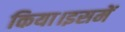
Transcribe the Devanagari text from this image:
किया।इसमें